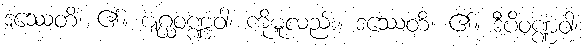
ဒဿေတိ၊ ၏။ ဗျဂ္ဃဝဏ္ဏံဝါ၊ ကိုမူလည်း။ ဒဿေတိ၊ ၏။ ဒီပိဝဏ္ဏံဝါ၊